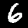
Digit: 6